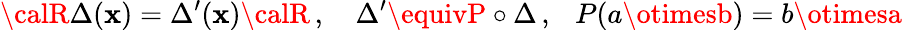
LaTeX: {\calR}\Delta(\mathbf{x})=\Delta^{\prime}(\mathbf{x}){\calR}\, ,\ \ \ \ \Delta^{\prime}\equivP\circ\Delta\, ,\ \ \ P(a\otimesb)=b\otimesa